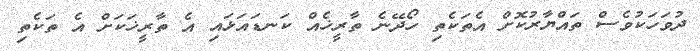
ދުވަހަކުވެސް ތައްޔާރުކޮށް އެތަކެތި ހޯދޭނެ ތާރީޚެއް ކަނޑައަޅައި އެ ތާރީޚަކަށް އެ ތަކެތި